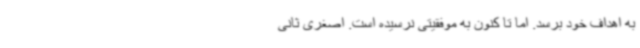
به اهداف خود برسد. اما تا کنون به موفقیتی نرسیده‌ است. اصغری ثانی